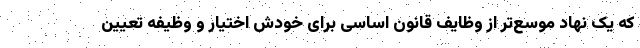
که یک نهاد موسع‌تر از وظایف قانون اساسی برای خودش اختیار و وظیفه تعیین